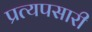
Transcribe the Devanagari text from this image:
प्रत्यपसारी